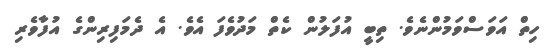
ހިތް އަވަސްވަމުންނެވެ. ތިބީ އުފަލުން ކެތް މަދުވެފަ އެވެ. އެ ދެމަފިރިންގެ އުފާވެރި